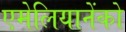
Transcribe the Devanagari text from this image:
एमेलियानेंको